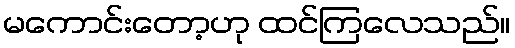
မကောင်းတော့ဟု ထင်ကြလေသည်။